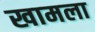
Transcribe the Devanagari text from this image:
खामला